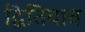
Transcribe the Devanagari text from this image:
द्वितियात